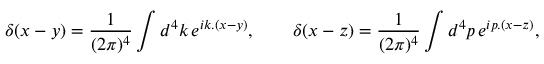
\delta ( x - y ) = { \frac { 1 } { ( 2 \pi ) ^ { 4 } } } \int d ^ { 4 } k \, e ^ { i k . ( x - y ) } , \qquad \delta ( x - z ) = { \frac { 1 } { ( 2 \pi ) ^ { 4 } } } \int d ^ { 4 } p \, e ^ { i p . ( x - z ) } ,